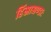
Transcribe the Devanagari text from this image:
हिंस्राश्चण्डाः